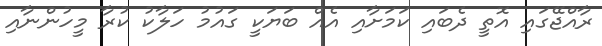
ރާއްޖޭގައި އޮތީ ދެބައި ކަމަށާއި އެއް ބަޔަކީ ގައުމު ހަލާކު ކުރާ މީހުންނާއި